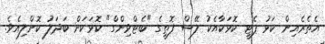
އެތެރެއިން ކަޅު ޕެޓީ ކޮޅަކާއެކު ލޭސް ފޮތީގެ "ބެޓްވިންގް" ކޮޅަކަށް ބަދަލު ކޮށްލިއެވެ.